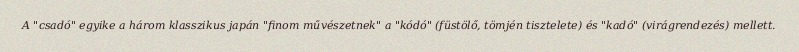
A "csadó" egyike a három klasszikus japán "finom művészetnek" a "kódó" (füstölő, tömjén tisztelete) és "kadó" (virágrendezés) mellett.